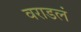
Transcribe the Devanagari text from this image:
वराडलं